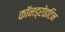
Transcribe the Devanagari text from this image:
कॉनड्रोइटिन